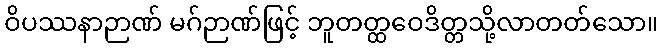
ဝိပဿနာဉာဏ် မဂ်ဉာဏ်ဖြင့် ဘူတတ္ထဝေဒိတ္တသို့လာတတ်သော။